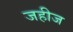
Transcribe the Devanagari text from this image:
जहीज